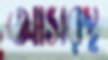
আসরস্থ